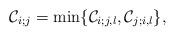
LaTeX: \begin{align*}\mathcal{C}_{i;j}=\min\{\mathcal{C}_{i;j,l},\mathcal{C}_{j;i,l}\},\end{align*}